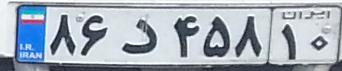
۸۶د۴۵۸۱۰